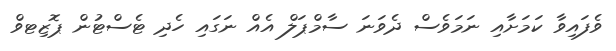
ވެފައިވާ ކަމަށާއި ނަމަވެސް ދެވަނަ ސާމްޕަލް އެއް ނަގައި ހެދި ޓެސްޓުން ޕޮޒިޓވް